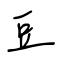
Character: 豆